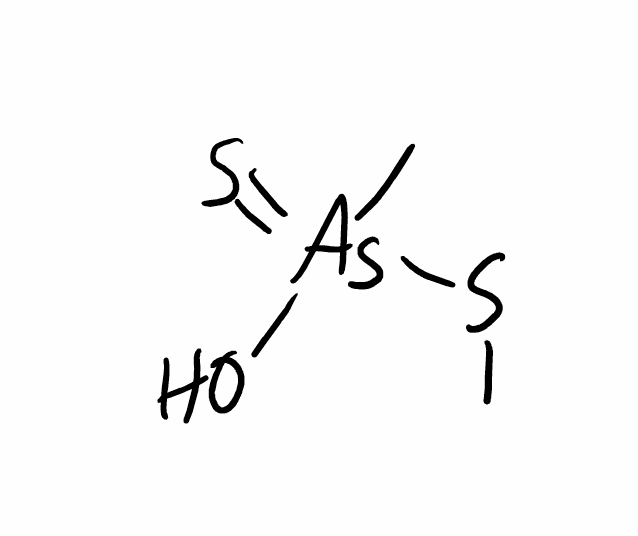
Simplified molecular-input line-entry system (SMILES) notation of the given molecule:
CS[As](=S)(C)O